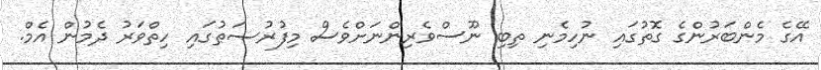
އޭގެ މެންބަރުންގެ ގޮތުގައި ނުހިމެނި ތިބި ނޫސްވެރިންނަށްވެސް މިފުރުޞަޠުގައި ހިތްވަރު ދެމުން އެމް.